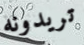
تريدونه